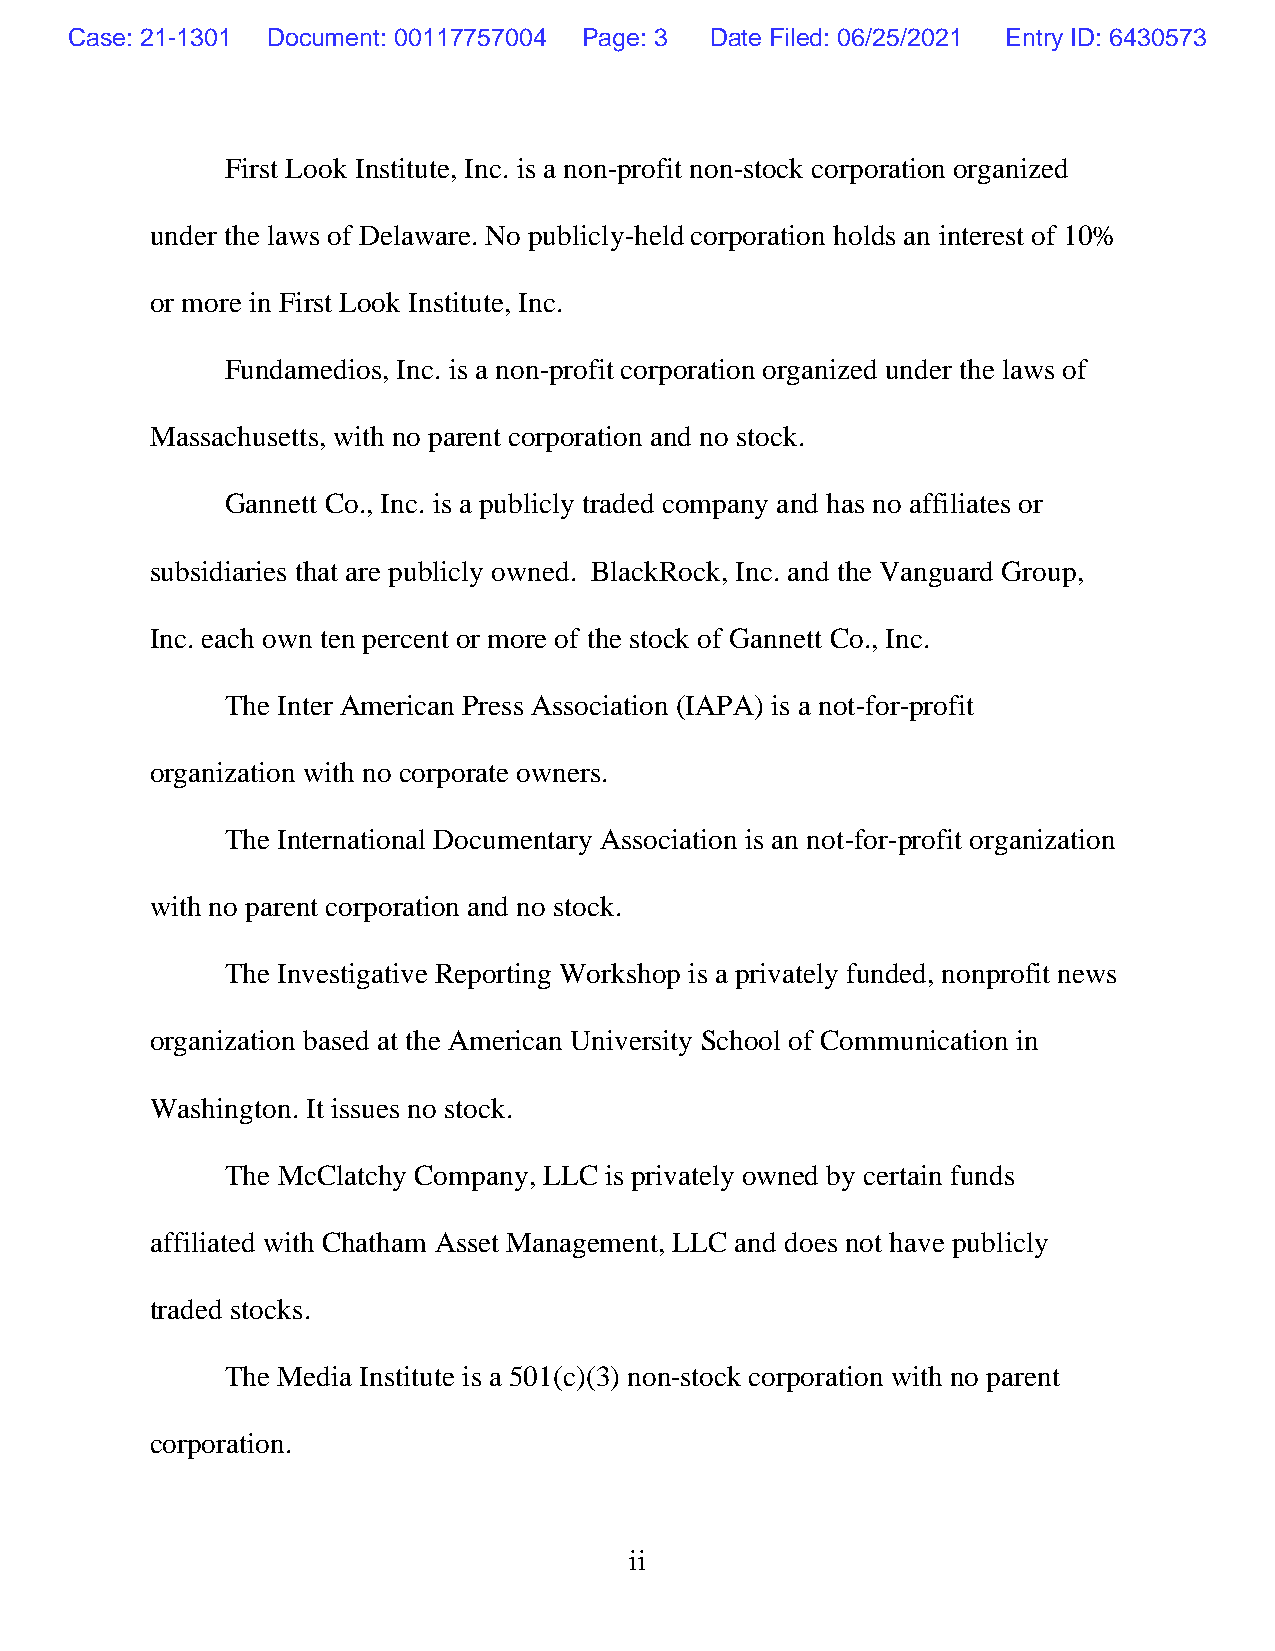
Case: 21-1301 Document: 00117757004 Page: 3 Date Filed: 06/25/2021 Entry ID: 6430573
 First Look Institute, Inc. is a non-profit non-stock corporation organized
 under the laws of Delaware. No publicly-held corporation holds an interest of 10%
 or more in First Look Institute, Inc.
 Fundamedios, Inc. is a non-profit corporation organized under the laws of
 Massachusetts, with no parent corporation and no stock.
 Gannett Co., Inc. is a publicly traded company and has no affiliates or
 subsidiaries that are publicly owned. BlackRock, Inc. and the Vanguard Group,
 Inc. each own ten percent or more of the stock of Gannett Co., Inc.
 The Inter American Press Association (IAPA) is a not-for-profit
 organization with no corporate owners.
 The International Documentary Association is an not-for-profit organization
 with no parent corporation and no stock.
 The Investigative Reporting Workshop is a privately funded, nonprofit news
 organization based at the American University School of Communication in
 Washington. It issues no stock.
 The McClatchy Company, LLC is privately owned by certain funds
 affiliated with Chatham Asset Management, LLC and does not have publicly
 traded stocks.
 The Media Institute is a 501(c)(3) non-stock corporation with no parent
 corporation.
 ii